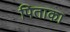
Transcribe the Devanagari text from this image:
पिताका